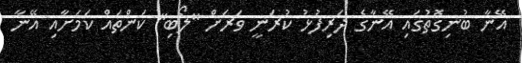
އޭނާ ބުނިގޮތުގައި އޭނާގެ ދަރިފުޅު ކުރަނީ ވަރަށް "ލޯބި" ކަންތައް ކަމަށާއި އޭނާ